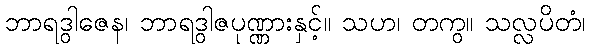
ဘာရဒွါဇေန၊ ဘာရဒွါဇပုဏ္ဏားနှင့်။ သဟ၊ တကွ။ သလ္လပိတံ၊